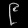
Digit: ၉